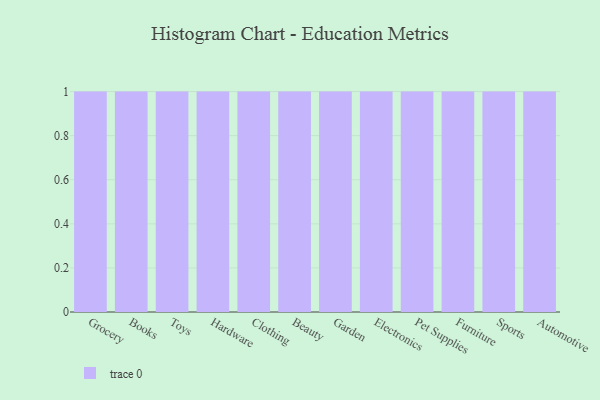
{"axis": {"x": "Category", "y": "Population (Million)"}, "legend": [""], "data": [{"x": "Grocery", "y": 54, "type": ""}, {"x": "Books", "y": 95, "type": ""}, {"x": "Toys", "y": 88, "type": ""}, {"x": "Hardware", "y": 32, "type": ""}, {"x": "Clothing", "y": 34, "type": ""}, {"x": "Beauty", "y": 97, "type": ""}, {"x": "Garden", "y": 93, "type": ""}, {"x": "Electronics", "y": 9, "type": ""}, {"x": "Pet Supplies", "y": 43, "type": ""}, {"x": "Furniture", "y": 71, "type": ""}, {"x": "Sports", "y": 85, "type": ""}, {"x": "Automotive", "y": 63, "type": ""}]}